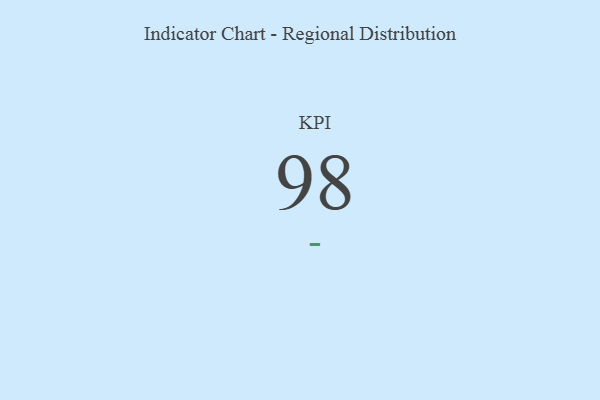
{"axis": {"x": "KPI", "y": "Value"}, "legend": [""], "data": [{"x": "KPI", "y": 98, "type": ""}]}